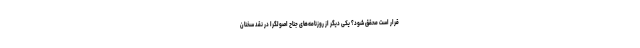
قرار است محقق شود؟ یکی دیگر از روزنامه‌های جناح اصولگرا در نقد سخنان